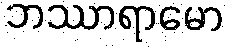
ဘဿာရာမော